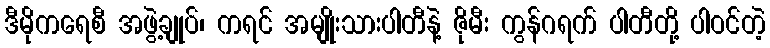
ဒီမိုကရေစီ အဖွဲ့ချုပ်၊ ကရင် အမျိုးသားပါတီနဲ့ ဇိုမီး ကွန်ဂရက် ပါတီတို့ ပါဝင်တဲ့